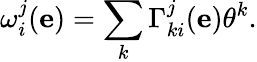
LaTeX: \omega_{i}^{j}(\mathbf{e})=\sum_{k}\Gamma_{ki}^{j}(\mathbf{e})\theta^{k}.